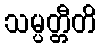
သမ္ပတ္တီတိ